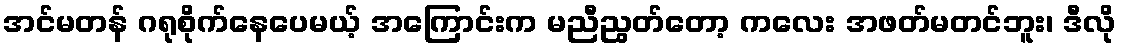
အင်မတန် ဂရုစိုက်နေပေမယ့် အကြောင်းက မညီညွတ်တော့ ကလေး အဖတ်မတင်ဘူး၊ ဒီလို